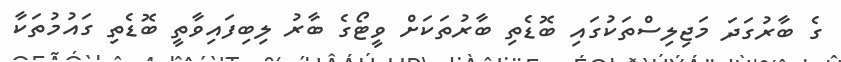
ގެ ބާރުގަދަ މަޖިލިސްތަކުގައި ބޮޑެތި ބާރުތަކަށް ވީޓޯގެ ބާރު ލިބިފައިވާތީ ބޮޑެތި ގައުމުތަކާ